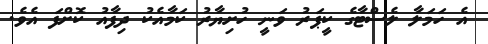
އެ ހަމަލާ ލެސްޓާގެ ކީޕަރު ވަނީ ހުށިޔާރު ކަމާއެކު ދިފާއު ކޮށްފަ އެވެ.